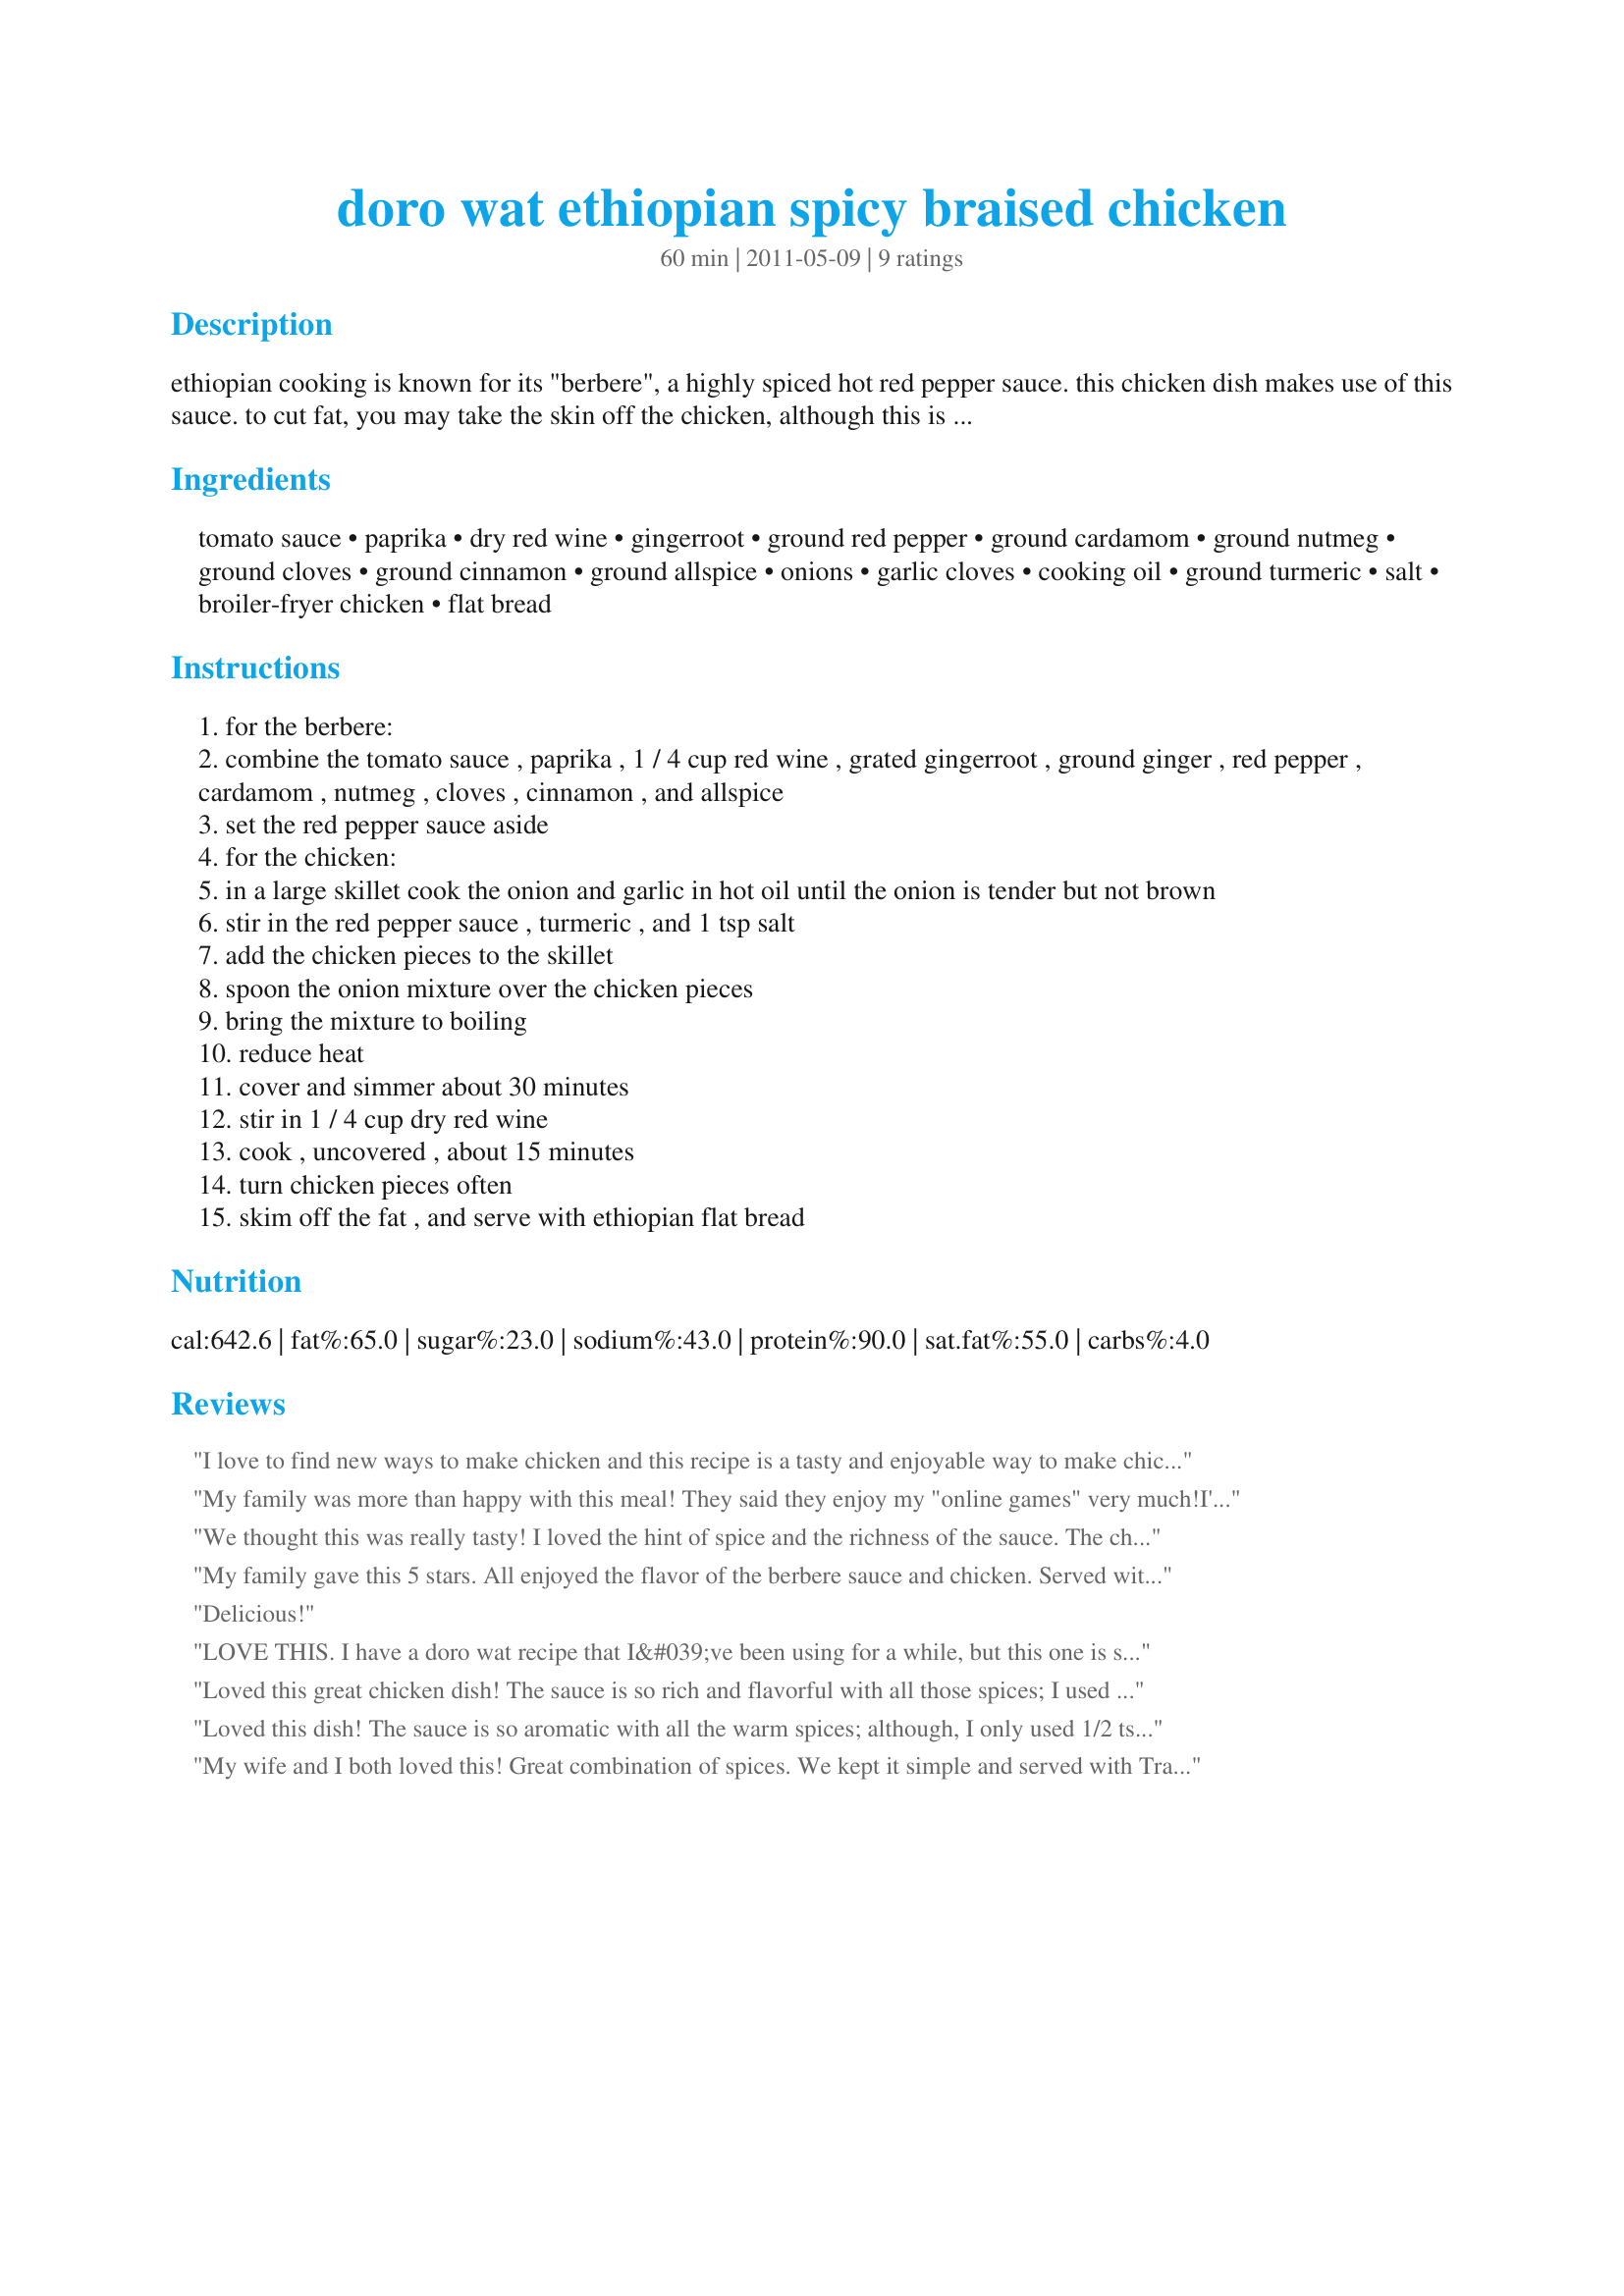
doro wat ethiopian spicy braised chicken
Preparation time: 60 minutes

ethiopian cooking is known for its "berbere", a highly spiced hot red pepper sauce. this chicken dish makes use of this sauce. to cut fat, you may take the skin off the chicken, although this is not traditional. bone in chicken tastes best. serve with recipe #455607 455607. this recipe comes from "classic international recipes".

Ingredients:
tomato sauce, paprika, dry red wine, gingerroot, ground red pepper, ground cardamom, ground nutmeg, ground cloves, ground cinnamon, ground allspice, onions, garlic cloves, cooking oil, ground turmeric, salt, broiler-fryer chicken, flat bread

Steps:
for the berbere:
combine the tomato sauce , paprika , 1 / 4 cup red wine , grated gingerroot , ground ginger , red pepper , cardamom , nutmeg , cloves , cinnamon , and allspice
set the red pepper sauce aside
for the chicken:
in a large skillet cook the onion and garlic in hot oil until the onion is tender but not brown
stir in the red pepper sauce , turmeric , and 1 tsp salt
add the chicken pieces to the skillet
spoon the onion mixture over the chicken pieces
bring the mixture to boiling
reduce heat
cover and simmer about 30 minutes
stir in 1 / 4 cup dry red wine
cook , uncovered , about 15 minutes
turn chicken pieces often
skim off the fat , and serve with ethiopian flat bread

Reviews:
I love to find new ways to make chicken and this recipe is a tasty and enjoyable way to make chicken. I love all the taste levels from the spices in this chicken. It also turned out so nice and moist. We enjoyed it with Injera bread and collards. Thank you Breezer for sharing. Made it for CQ4, 2017 - Ethiopia.
My family was more than happy with this meal! They said they enjoy my "online games" very much!<br/>I've prepared this after deskinning und cutting the chicken. The rich sauce was tasty and flavorful.<br/>Done for ZWT8. Thanks Breezermom!
We thought this was really tasty! I loved the hint of spice and the richness of the sauce. The chicken was nice and tender and there was plenty of sauce to go around. It was fun to eat this with the Ethiopian flat bread. Thank you!
My family gave this 5 stars. All enjoyed the flavor of the berbere sauce and chicken. Served with recipe #455607 #455607. The only thing I changed was using a 1/2 tsp of ground red pepper. Thank You. Made for ZWT7~Emerald City Shakers.
Delicious!
LOVE THIS. I have a doro wat recipe that I&#039;ve been using for a while, but this one is so much better. That sauce is incredible, and it smells so good while it&#039;s cooking. I used 8 drumsticks instead a whole chicken, and the meat was fall-off-the-bone tender. My sister-in-law said it was the best thing I&#039;ve ever made! Thanks for sharing.
Loved this great chicken dish! The sauce is so rich and flavorful with all those spices; I used 1 t cayenne and it had a very nice spicy kick. I used boneless skinless breasts and they were delicious - thanks for sharing the recipe!
Loved this dish! The sauce is so aromatic with all the warm spices; although, I only used 1/2 tsp. red pepper. Used thighs and drumsticks as we prefer dark meat -- so flavorful. Will definitely make this dish again as it is so easy to make and the results are wonderful! Made for the 1-2-3 Tag, February, 2012.
My wife and I both loved this! Great combination of spices. We kept it simple and served with Trader Joe's &quot;middle eastern&quot; flatbread and some hummus. My wife cut hers into bite sizes and made a &quot;taco&quot; with it and loved it. We were even able to get this one in on a weeknight! We used 4 boneless, skinless chicken breasts and so they cooked a little quicker (did 25 minutes instead of 30). Thank you!
